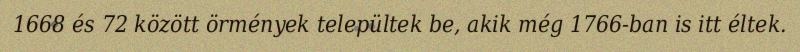
1668 és 72 között örmények települtek be, akik még 1766-ban is itt éltek.